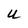
Character: u